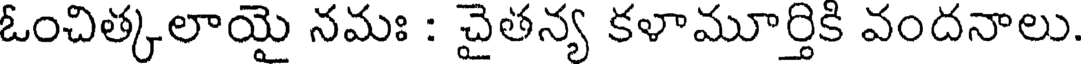
ఓంచిత్కలాయై నమః : చైతన్య కళామూర్తికి వందనాలు